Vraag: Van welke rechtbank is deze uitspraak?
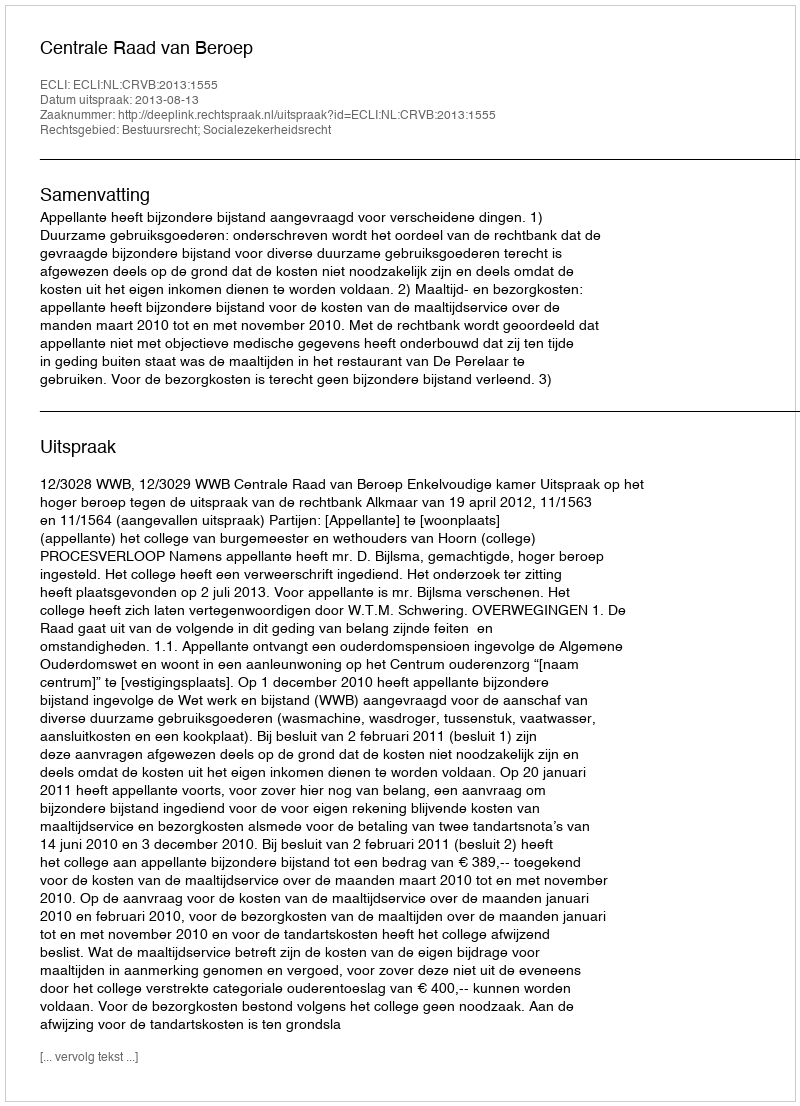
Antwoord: Centrale Raad van Beroep